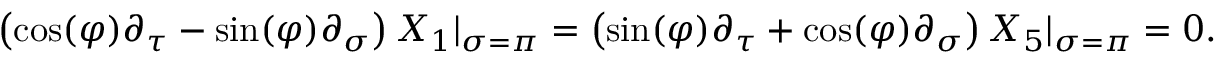
\left( \cos ( \varphi ) \partial _ { \tau } - \sin ( \varphi ) \partial _ { \sigma } \right) X _ { 1 } | _ { \sigma = \pi } = \left( \sin ( \varphi ) \partial _ { \tau } + \cos ( \varphi ) \partial _ { \sigma } \right) X _ { 5 } | _ { \sigma = \pi } = 0 .